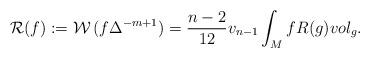
LaTeX: \begin{align*}{\mathcal R}(f) := \mathcal{W}\,(f \Delta ^{-m+1})= \frac{n-2}{12} v_{n-1}\int _{M} f R(g) vol_{g} .\end{align*}